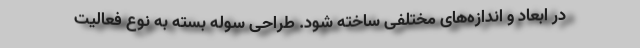
در ابعاد و اندازه‌های مختلفی ساخته شود. طراحی سوله بسته به نوع فعالیت